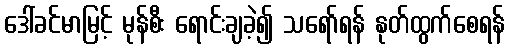
ဒေါ်ခင်မာမြင့် မုန်စီး ရောင်းချခဲ့၍ သရော်ရန် နုတ်ထွက်စေရန်